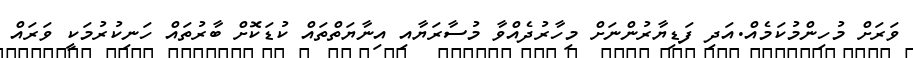
ވަރަށް މުހިންމުކަމެއް.އަދި ފަޑިޔާރުންނަށް މިހާރުދެއްވާ މުސާރަޔާއި އިނާޔަތްތައް ކުޑަކޮށް ބާރުތައް ހަނިކުރުމަކީ ވަރައް